Vaccination in Bombay 1874-1876 - 1874-1876
Year: 1874
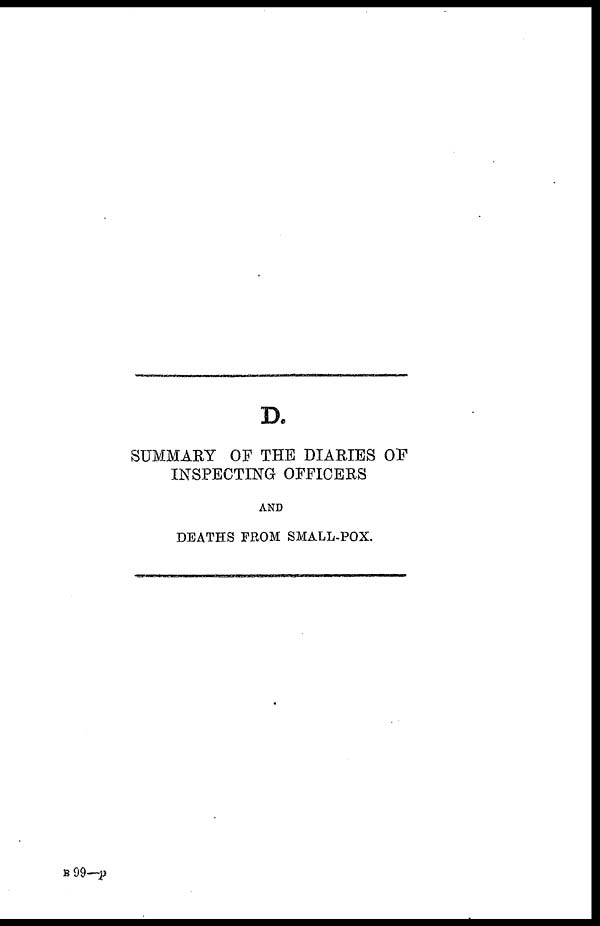
D.
SUMMARY OF THE DIARIES OF
INSPECTING OFFICERS
AND
DEATHS FROM SMALL-POX.
B99—p